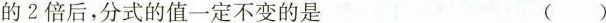
的2倍后，分式的值一定不变的是 ( )